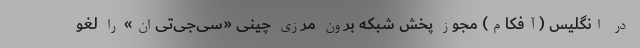
در انگلیس (آفکام) مجوز پخش شبکه برون مرزی چینی «سی‌جی‌تی‌اِن» را لغو